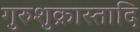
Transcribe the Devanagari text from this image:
गुरुशुक्रास्तादि